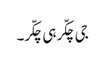
جی چکّر ہی چکّر۔